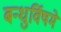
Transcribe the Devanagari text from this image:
बन्धुर्विषमे